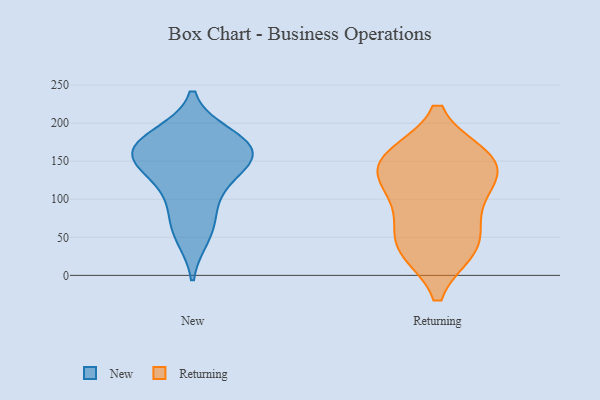
{"axis": {"x": "Conversion Rate (%)", "y": "Value"}, "legend": ["New", "Returning"], "data": [{"x": "", "y": 133, "type": "New"}, {"x": "", "y": 155, "type": "New"}, {"x": "", "y": 184, "type": "New"}, {"x": "", "y": 152, "type": "New"}, {"x": "", "y": 108, "type": "New"}, {"x": "", "y": 74, "type": "New"}, {"x": "", "y": 51, "type": "New"}, {"x": "", "y": 179, "type": "New"}, {"x": "", "y": 161, "type": "New"}, {"x": "", "y": 166, "type": "New"}, {"x": "", "y": 35, "type": "Returning"}, {"x": "", "y": 149, "type": "Returning"}, {"x": "", "y": 105, "type": "Returning"}, {"x": "", "y": 79, "type": "Returning"}, {"x": "", "y": 155, "type": "Returning"}, {"x": "", "y": 154, "type": "Returning"}, {"x": "", "y": 145, "type": "Returning"}, {"x": "", "y": 40, "type": "Returning"}, {"x": "", "y": 36, "type": "Returning"}, {"x": "", "y": 123, "type": "Returning"}]}